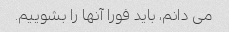
می دانم، باید فورا آنها را بشوییم.